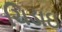
ચિડાઇ